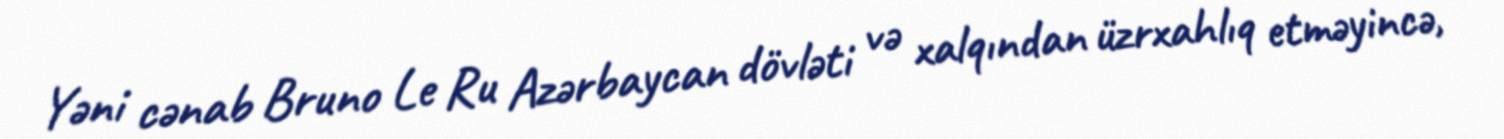
Yəni cənab Bruno Le Ru Azərbaycan dövləti və xalqından üzrxahlıq etməyincə,